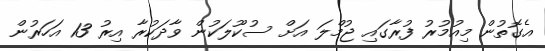
އެގޮތުން މިއުމުރު ފުރާގައި ޖުމްލަ އަށް ސުކޫލަކުން ވާދަކުރާ އިރު 13 އަހަރުން